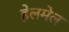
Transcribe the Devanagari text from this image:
हेलमेल